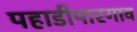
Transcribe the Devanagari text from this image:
पहाडीपारगाव